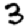
Digit: 3